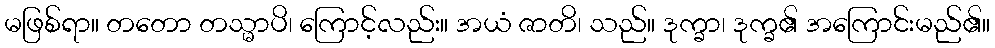
မဖြစ်ရာ။ တတော တသ္မာပိ၊ ကြောင့်လည်း။ အယံ ဇာတိ၊ သည်။ ဒုက္ခာ၊ ဒုက္ခ၏ အကြောင်းမည်၏။